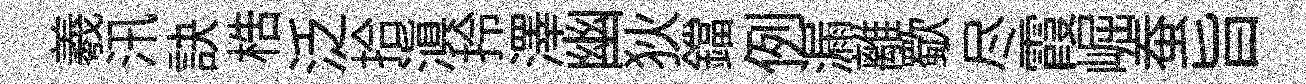
羲汛訣梏泛拾滇拎澤幽狄鐺例漏離歜尽霞崛蚕旨